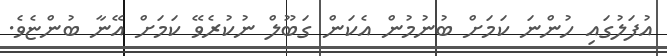
އުފަލުގައި ހުންނަ ކަމަށް ބުނުމުން އެކަން ގަބޫލް ނުކުރެވޭ ކަމަށް އޭނާ ބުންޏެވެ.